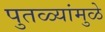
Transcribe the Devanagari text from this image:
पुतळ्यांमुळे